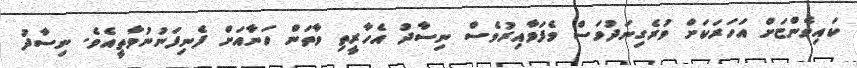
ކައިވެންޏަށް އަހަރަކަށް ވުރެގިނަދުވަސް ވެފަވާއިރުވެސް ނިސާދު އެހާރީތި ވާތަން ހަނާއަށް ފެނިފަނުނުވާތީއެވެ. ނިސާދު